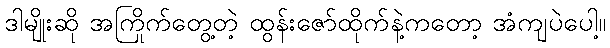
ဒါမျိုးဆို အကြိုက်တွေ့တဲ့ ထွန်းဇော်ထိုက်နဲ့ကတော့ အံကျပဲပေါ့။